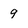
Character: 9